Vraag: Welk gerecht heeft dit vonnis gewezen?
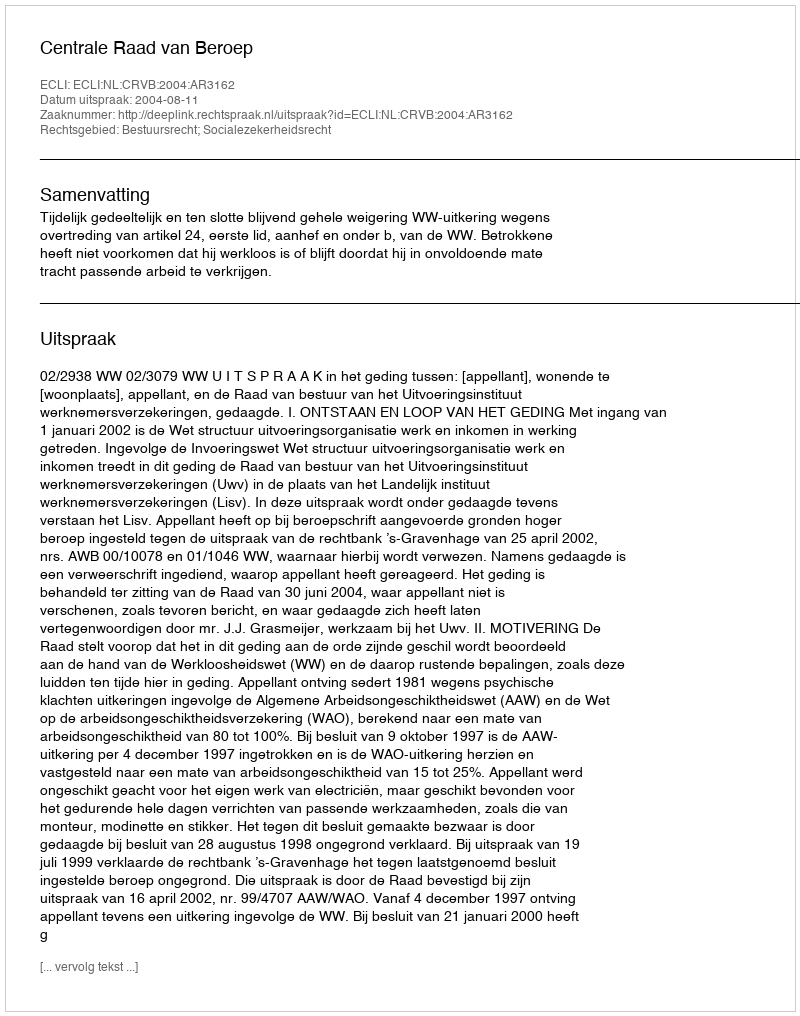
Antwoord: Centrale Raad van Beroep